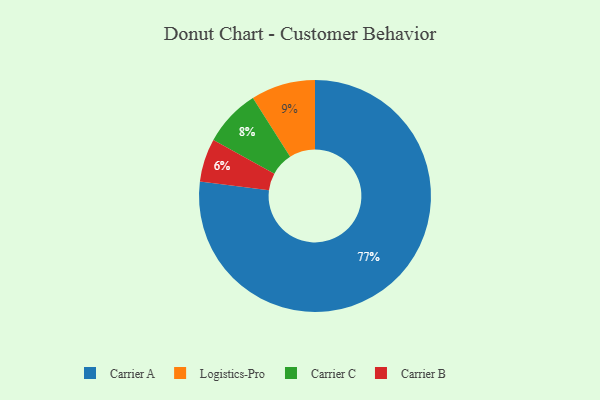
{"axis": {"x": "Category", "y": "Percentage"}, "legend": ["Carrier A", "Carrier B", "Carrier C", "Logistics-Pro"], "data": [{"x": "Logistics-Pro", "y": 9, "type": "Logistics-Pro"}, {"x": "Carrier C", "y": 8, "type": "Carrier C"}, {"x": "Carrier A", "y": 77, "type": "Carrier A"}, {"x": "Carrier B", "y": 6, "type": "Carrier B"}]}